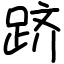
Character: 跻